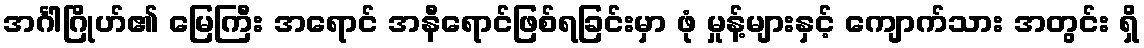
အင်္ဂါဂြိုဟ်၏ မြေကြီး အရောင် အနီရောင်ဖြစ်ရခြင်းမှာ ဖုံ မှုန့်များနှင့် ကျောက်သား အတွင်း ရှိ